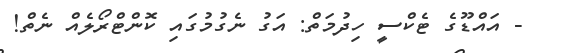
- އައްޑޫގެ ޓެކްސީ ހިދުމަތް: އަގު ނެގުމުގައި ކޮންޓްރޯލެއް ނެތް!